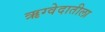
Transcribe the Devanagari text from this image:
ऋग्वेदातीला